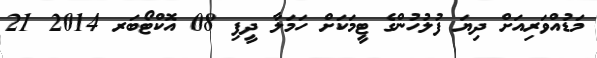
މަޑުއްވަރިއަށް ދިޔަ ފުލުހުންގެ ޓީމަކަށް ހަމަލާ ދީފި 08 އޮކްޓޯބަރ 2014 21